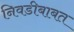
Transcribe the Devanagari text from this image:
निवडीबाबत